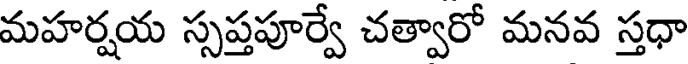
మహర్షయ స్సప్తపూర్వే చత్వారో మనవ స్తధా